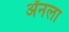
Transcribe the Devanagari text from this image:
ॲनला